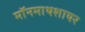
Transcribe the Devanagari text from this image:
मॉनमाथशायर